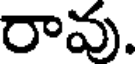
రావు.